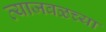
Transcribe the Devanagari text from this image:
त्याजवळच्या